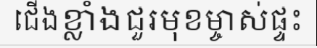
ជើងខ្លាំងជួរមុខម្ចាស់ផ្ទះ